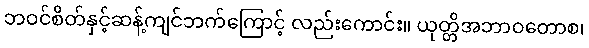
ဘဝင်စိတ်နှင့်ဆန့်ကျင်ဘက်ကြောင့် လည်းကောင်း။ ယုတ္တိအဘာဝတောစ၊